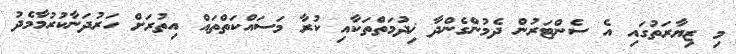
މި ޒިޔާރަތުގައި އެ ސެންޓަރުން ދެމުންގެންދާ ޚިދުމަތްތަކާއި ކުރާ މަސައްކަތްތައް އިތުރަށް ހަރުދަނާކުރުމާމެދު